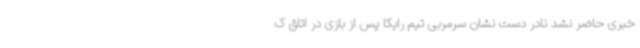
خبری حاضر نشد نادر دست نشان سرمربی تیم رایکا پس از بازی در اتاق ک